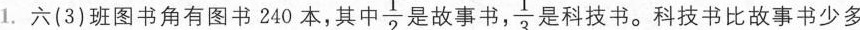
1.六(3)班图书角有图书240本，其中 $$\frac{1}{2}$$ 是故事书， $$\frac{1}{3}$$ 是科技书。科技书比故事书少多